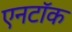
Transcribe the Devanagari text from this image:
एनटॉक